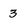
Character: 3